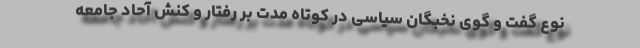
نوع گفت و گوی نخبگان سیاسی در کوتاه مدت بر رفتار و کنش آحاد جامعه